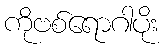
ကိုဗစ်ရောဂါပိုး